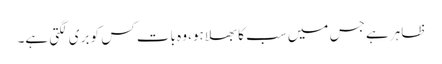
ظاہر ہے جس میں سب کا بھلا ہو، وہ بات کس کو بری لگتی ہے۔